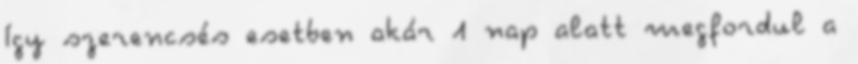
Így szerencsés esetben akár 1 nap alatt megfordul a